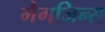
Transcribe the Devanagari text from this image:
मैगजिन्स